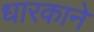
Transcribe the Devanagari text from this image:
धारकाने